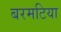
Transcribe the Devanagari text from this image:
बरमटिया